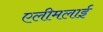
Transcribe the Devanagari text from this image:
एलीमलाई